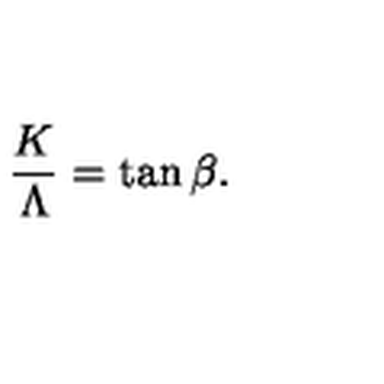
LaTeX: \frac { K } { \Lambda } = \tan { \beta } .